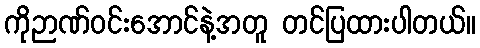
ကိုဉာဏ်ဝင်းအောင်နဲ့အတူ တင်ပြထားပါတယ်။